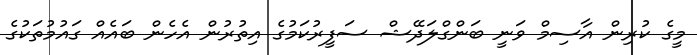
މީގެ ކުރިން އާސިމް ވަނީ ބަންގްލަދޭޝް ސަފީރުކަމުގެ އިތުރުން އެހެން ބައެއް ގައުމުތަކުގެ